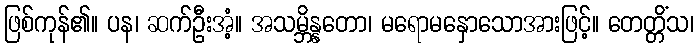
ဖြစ်ကုန်၏။ ပန၊ ဆက်ဦးအံ့။ အသမ္ဘိန္နတော၊ မရောမနှောသောအားဖြင့်။ တေတ္တိံသ၊